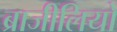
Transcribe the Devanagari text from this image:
ब्राजीलियों